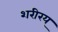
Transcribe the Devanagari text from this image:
शरीरय्